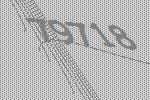
79718